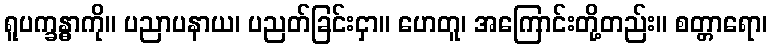
ရူပက္ခန္ဓာကို။ ပညာပနာယ၊ ပညတ်ခြင်းငှာ။ ဟေတူ၊ အကြောင်းတို့တည်း။ စတ္တာရော၊